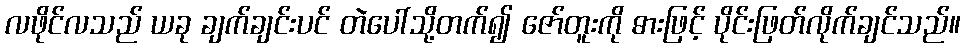
လဖိုင်လသည် ယခု ချက်ချင်းပင် တဲပေါ်သို့တက်၍ ဇော်တူးကို ဓားဖြင့် ပိုင်းဖြတ်လိုက်ချင်သည်။